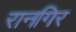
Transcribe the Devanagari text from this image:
रानगिर